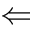
\Leftarrow